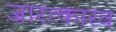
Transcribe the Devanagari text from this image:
जारत्कारव